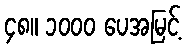
၄၈။ ၁၀၀၀ ပေအမြင့်